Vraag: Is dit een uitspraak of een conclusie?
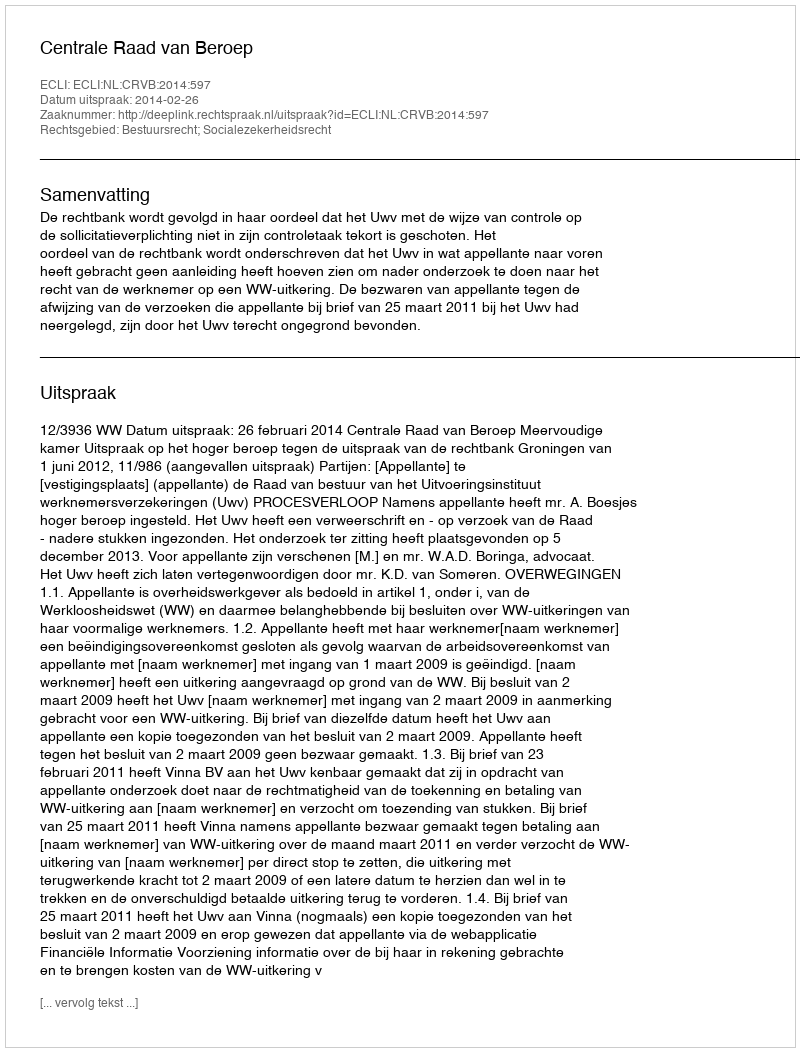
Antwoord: Uitspraak